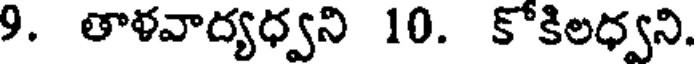
9. తాళవాద్యధ్వని 10. కోకిలధ్వని.